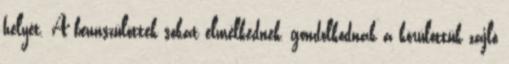
helyét. A bennszülöttek sokat elmélkednek, gondolkodnak a körülöttük zajló